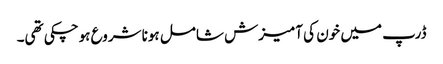
ڈرپ میں خون کی آمیزش شامل ہونا شروع ہوچکی تھی۔